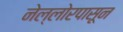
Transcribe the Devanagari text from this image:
नेल्लोरपासून